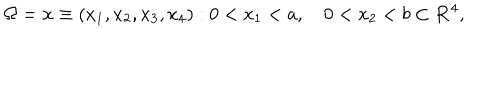
LaTeX: \Omega = { { \bf x } \equiv ( x _ { 1 } , x _ { 2 } , x _ { 3 } , x _ { 4 } ) : 0 < x _ { 1 } < a , \quad 0 < x _ { 2 } < b } \subset { \bf R } ^ { 4 } ,